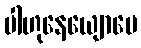
ပါဟုနေယျောပေ